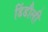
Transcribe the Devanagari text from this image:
डिंडौली